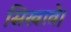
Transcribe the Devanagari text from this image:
सिखावे।